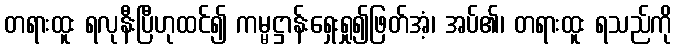
တရားထူး ရလုနီးပြီဟုထင်၍ ကမ္မဋ္ဌာန်းရှေးရှု၍ဖြတ်အံ့၊ အပ်၏၊ တရားထူး ရသည်ကို